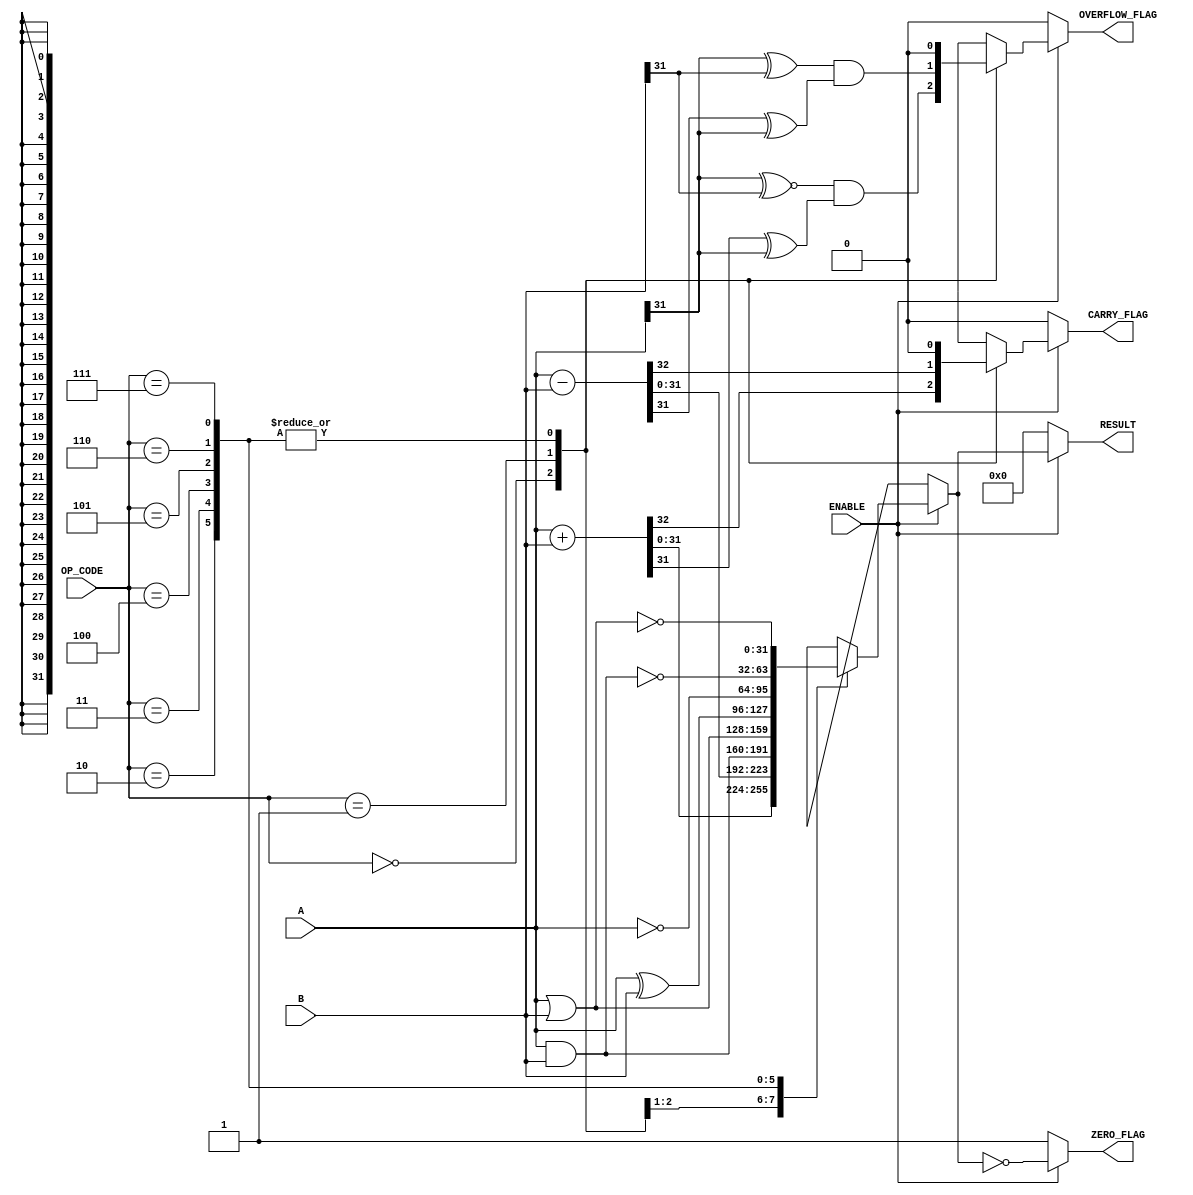
module param_alu #(
    parameter DATA_WIDTH = 32,
    parameter OPERATION_MODE = 3 // 3 bits can support up to 8 operations
) (
    input  wire [DATA_WIDTH-1:0] A,
    input  wire [DATA_WIDTH-1:0] B,
    input  wire [OPERATION_MODE-1:0] OP_CODE,
    input  wire ENABLE,
    output reg [DATA_WIDTH-1:0] RESULT,
    output reg ZERO_FLAG,
    output reg CARRY_FLAG,
    output reg OVERFLOW_FLAG
);

    // Operation Codes
    localparam ADD      = 3'b000;
    localparam SUBTRACT = 3'b001;
    localparam AND      = 3'b010;
    localparam OR       = 3'b011;
    localparam XOR      = 3'b100;
    localparam NOT      = 3'b101;
    localparam NAND     = 3'b110;
    localparam NOR      = 3'b111;

    always @(*) begin
        if (ENABLE) begin
            case (OP_CODE)
                ADD: begin
                    {CARRY_FLAG, RESULT} = A + B;
                    OVERFLOW_FLAG = (A[DATA_WIDTH-1] ~^ B[DATA_WIDTH-1]) & (RESULT[DATA_WIDTH-1] ^ A[DATA_WIDTH-1]);
                end
                SUBTRACT: begin
                    {CARRY_FLAG, RESULT} = A - B;
                    OVERFLOW_FLAG = (A[DATA_WIDTH-1] ^ B[DATA_WIDTH-1]) & (RESULT[DATA_WIDTH-1] ^ A[DATA_WIDTH-1]);
                end
                AND: begin
                    RESULT = A & B;
                    CARRY_FLAG = 0;
                    OVERFLOW_FLAG = 0;
                end
                OR: begin
                    RESULT = A | B;
                    CARRY_FLAG = 0;
                    OVERFLOW_FLAG = 0;
                end
                XOR: begin
                    RESULT = A ^ B;
                    CARRY_FLAG = 0;
                    OVERFLOW_FLAG = 0;
                end
                NOT: begin
                    RESULT = ~A; // Here use A to perform NOT operation
                    CARRY_FLAG = 0;
                    OVERFLOW_FLAG = 0;
                end
                NAND: begin
                    RESULT = ~(A & B);
                    CARRY_FLAG = 0;
                    OVERFLOW_FLAG = 0;
                end
                NOR: begin
                    RESULT = ~(A | B);
                    CARRY_FLAG = 0;
                    OVERFLOW_FLAG = 0;
                end
                default: begin
                    RESULT = 0;
                    CARRY_FLAG = 0;
                    OVERFLOW_FLAG = 0;
                end
            endcase
            
            // Set the ZERO_FLAG
            ZERO_FLAG = (RESULT == 0);
        end else begin
            // Default state when ENABLE is low
            RESULT = 0;
            ZERO_FLAG = 1;
            CARRY_FLAG = 0;
            OVERFLOW_FLAG = 0;
        end
    end

endmodule